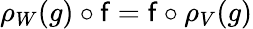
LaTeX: \rho_{W}(g)\circ\mathsf{f}=\mathsf{f}\circ\rho_{V}(g)